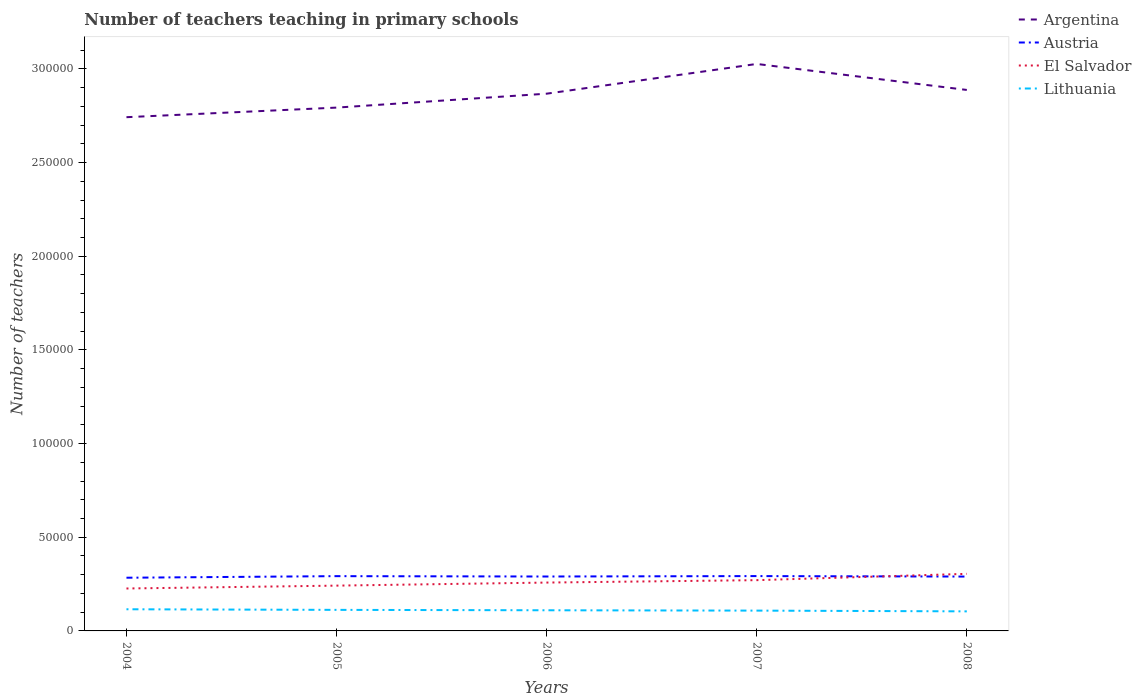
| Years | Argentina | Austria | El Salvador | Lithuania |
 | --- | --- | --- | --- | --- |
 | 2004 | 2.74e+05 | 2.84e+04 | 2.26e+04 | 1.16e+04 |
 | 2005 | 2.79e+05 | 2.92e+04 | 2.42e+04 | 1.12e+04 |
 | 2006 | 2.87e+05 | 2.9e+04 | 2.58e+04 | 1.1e+04 |
 | 2007 | 3.03e+05 | 2.93e+04 | 2.71e+04 | 1.08e+04 |
 | 2008 | 2.89e+05 | 2.9e+04 | 3.05e+04 | 1.04e+04 |